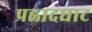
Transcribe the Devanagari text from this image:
प्रह्लादघाट